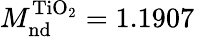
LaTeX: M_{\mathrm{nd}}^{\mathrm{TiO_{2}}}=1.1907\, \